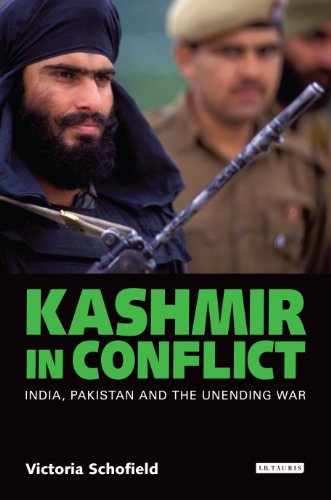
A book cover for Kashmir in Conflict: India, Pakistan and the Unending War; Victoria Schofield; History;